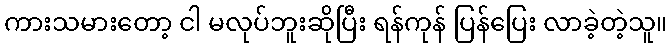
ကားသမားတော့ ငါ မလုပ်ဘူးဆိုပြီး ရန်ကုန် ပြန်ပြေး လာခဲ့တဲ့သူ။